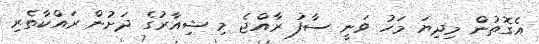
އެގޮތުން މިދިޔަ މަހު ވަނީ ސާފު ރާއްޖެ މި ޝިއާރުގެ ދަށުން ރައްކާތެރި